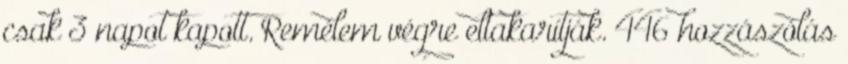
csak 3 napot kapott. Remélem végre eltakarítják. 446 hozzászólás